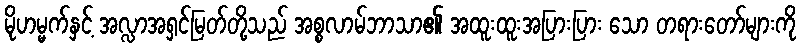
မိုဟမ္မက်နှင့် အလ္လာအရှင်မြတ်တို့သည် အစ္စလာမ်ဘာသာ၏ အထူးထူးအပြားပြား သော တရားတော်များကို